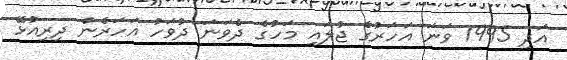
އަދި 1995 ވަނަ އަހަރުގެ ޖުލައި މަހުގެ ދެވަނަ ދުވަހު އަހަރެން ދިރިއުޅޭ